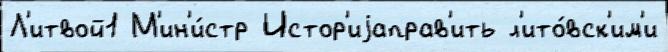
Л'итвой1 М'ин'и́стр Истор'иjаправ'ить л'ито́вск'им'и